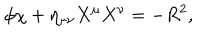
\phi \chi + \eta _ { \mu \nu } X ^ { \mu } X ^ { \nu } = - R ^ { 2 } ,